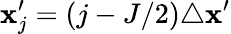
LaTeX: \mathbf{x}_{j}^{\prime}=(j-J/2)\triangle\mathbf{x}^{\prime}